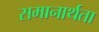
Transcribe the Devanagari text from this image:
समानार्थता